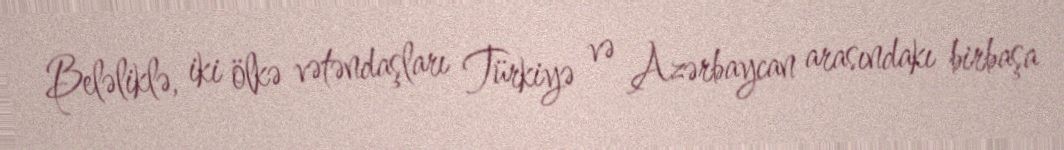
Beləliklə, iki ölkə vətəndaşları Türkiyə və Azərbaycan arasındakı birbaşa